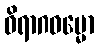
ဝိရာဂဓမ္မော